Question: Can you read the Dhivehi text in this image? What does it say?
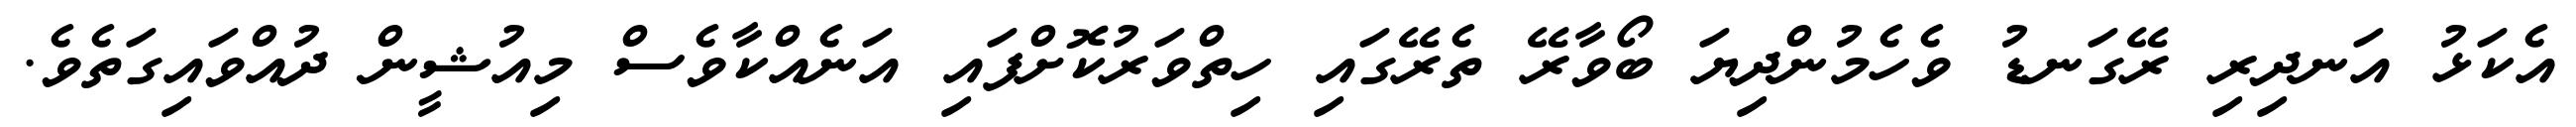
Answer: އެކަޅު އަނދިރި ރޭގަނޑު ވެހެމުންދިޔަ ބޯވާރޭ ތެރޭގައި ހިތްވަރުކޮށްފައި އަނެއްކާވެސް މިއުޝީން ދުއްވައިގަތެވެ.